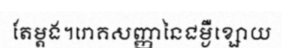
តែម្តង។រោគសញ្ញានៃជម្ងឺខ្សោយ